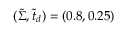
( \tilde { \Sigma } , \tilde { t } _ { d } ) = ( 0 . 8 , 0 . 2 5 )